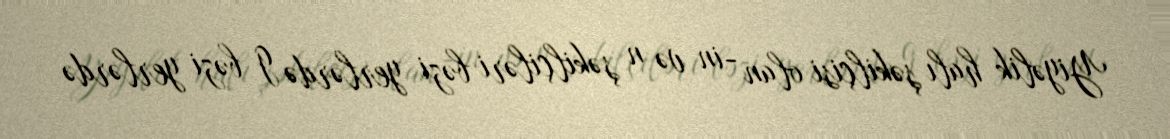
Yiyəlik halı şəkilçisi olan -in və n şəkilçiləri bəzi yerlərdə g bəzi yerlərdə